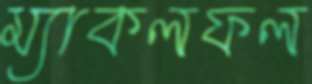
ম্যাকলফল